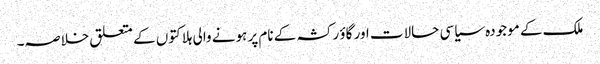
ملک کے موجودہ سیاسی حالات اور گاؤ رکشہ کے نام پر ہونے والی ہلاکتوں کے متعلق خلاصہ۔